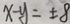
x - y = \pm 8